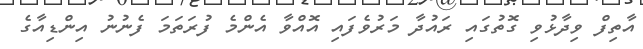
އާތިފް ވިދާޅުވި ގޮތުގައި ރައުދާ މަރުވެފައި އޮއްވާ އެންމެ ފުރަތަމަ ފެނުނު އިންޑިއާގެ